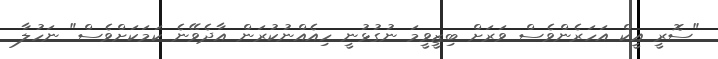
"ސޮރީ އީކް އަހަރެންވެސް ވަރަށް ބިޒީވީމަ ނުގުޅުނީ ހިއެއްނުކުރަން އާދެވޭނެ ކަމަކަށްވެސް" ނަހުލާ